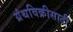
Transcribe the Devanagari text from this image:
ग्रंथविक्रीसाठी